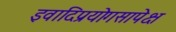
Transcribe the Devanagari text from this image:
इवादिप्रयोगसापेक्ष